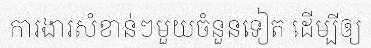
ការងារសំខាន់ៗមួយចំនួនទៀត ដើម្បីឲ្យ